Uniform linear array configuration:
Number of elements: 64
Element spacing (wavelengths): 0.25
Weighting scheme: hann
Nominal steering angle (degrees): -30
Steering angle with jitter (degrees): -31.625
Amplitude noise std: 0.05
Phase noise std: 0.05

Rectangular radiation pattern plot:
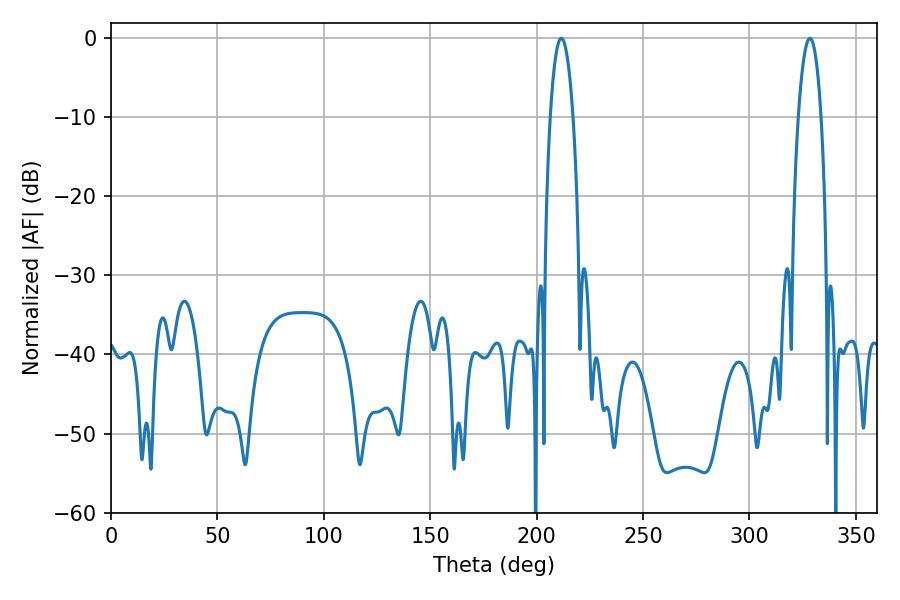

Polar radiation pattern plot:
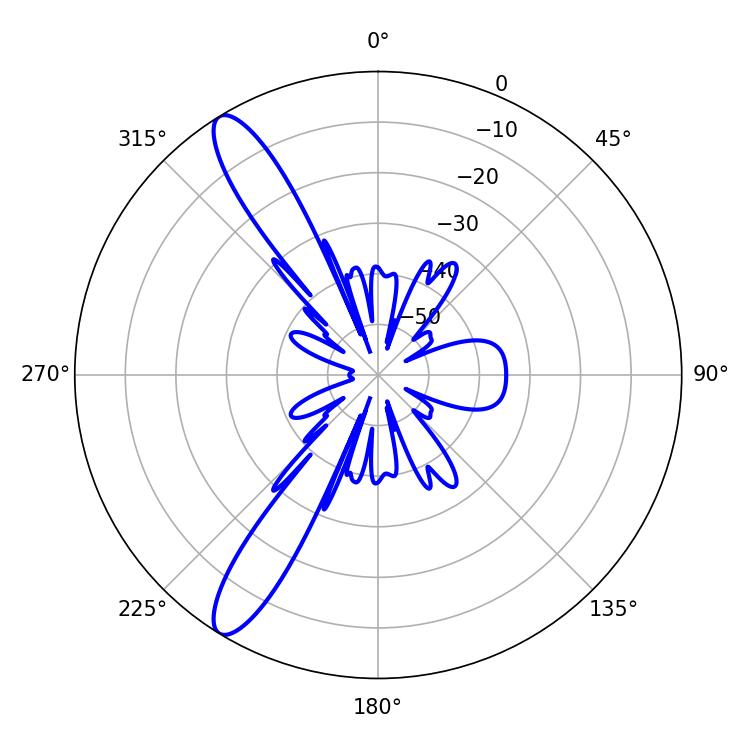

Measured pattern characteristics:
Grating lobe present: FALSE
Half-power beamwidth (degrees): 5.94
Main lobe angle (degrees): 211.5